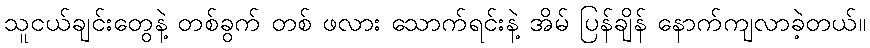
သူငယ်ချင်းတွေနဲ့ တစ်ခွက် တစ် ဖလား သောက်ရင်းနဲ့ အိမ် ပြန်ချိန် နောက်ကျလာခဲ့တယ်။